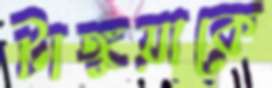
টাঙ্গুয়াকে